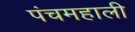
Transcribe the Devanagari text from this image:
पंचमहाली